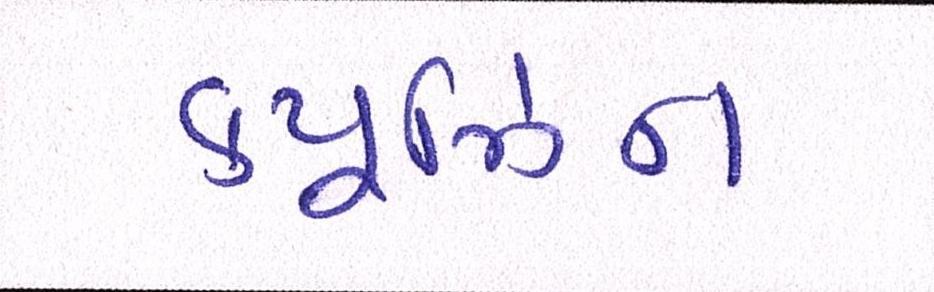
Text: ક્યૂઝિન